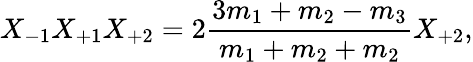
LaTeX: X_{-1}X_{+1}X_{+2}=2\frac{3m_{1}+m_{2}-m_{3}}{m_{1}+m_{2}+m_{2}}X_{+2},